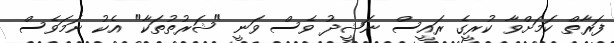
ފަރާތް ކަމަށްވާ ކުރީގެ ރައީސް ނަޝީދު ވެސް ވަނީ "ޝަރުތުތަކާ" އެކު ނަމަވެސް